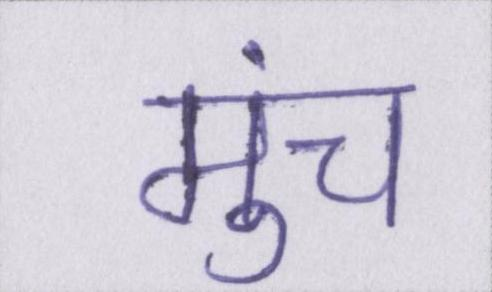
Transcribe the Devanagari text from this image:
मुंच